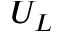
U _ { L }